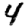
Digit: 4